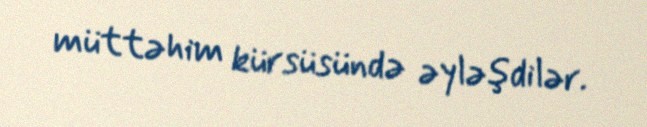
müttəhim kürsüsündə əyləşdilər.